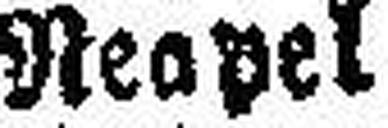
Neapel